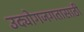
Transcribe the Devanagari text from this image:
उद्योगजगतासाठी